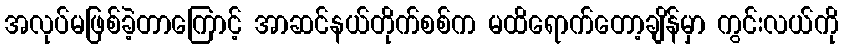
အလုပ်မဖြစ်ခဲ့တာကြောင့် အာဆင်နယ်တိုက်စစ်က မထိရောက်တော့ချိန်မှာ ကွင်းလယ်ကို